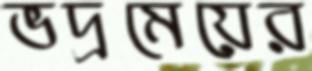
ভদ্রমেয়ের